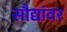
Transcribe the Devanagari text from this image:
सौद्यांवर